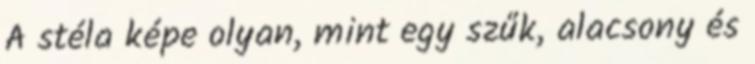
A stéla képe olyan, mint egy szűk, alacsony és